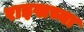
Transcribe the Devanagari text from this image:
राइखच्या